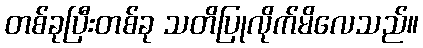
တစ်ခုပြီးတစ်ခု သတိပြုလိုက်မိလေသည်။